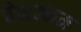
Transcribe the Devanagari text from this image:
चेपाक्कम